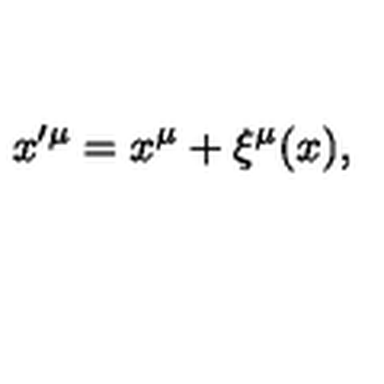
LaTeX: x ^ { \prime \mu } = x ^ { \mu } + \xi ^ { \mu } ( x ) ,